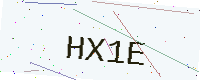
Text: HX1E